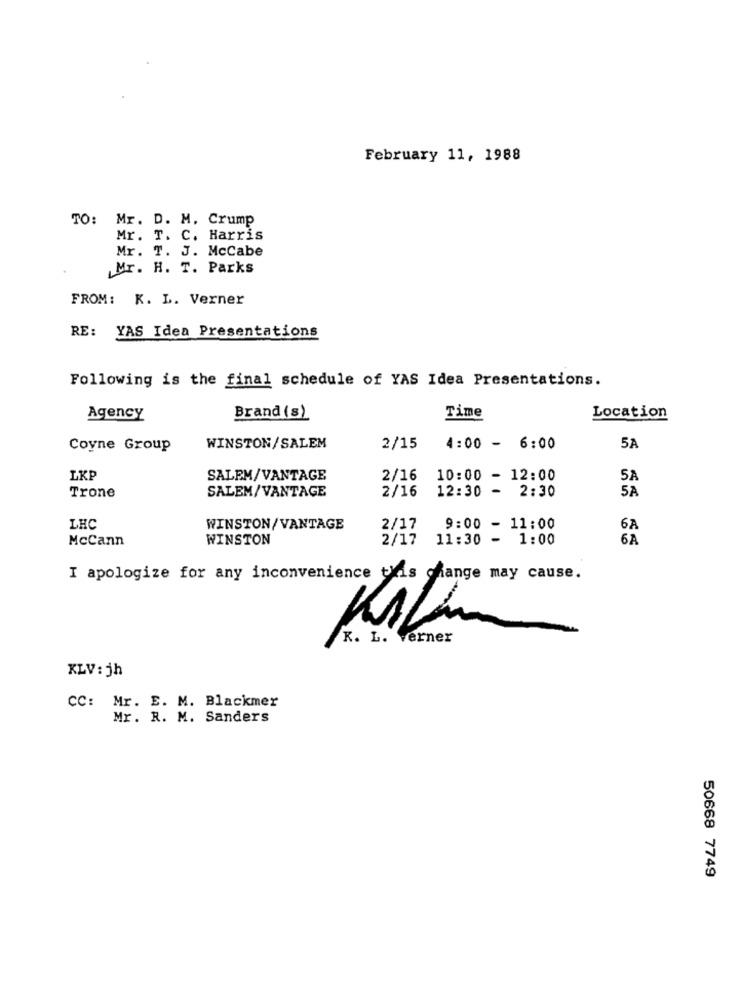
February 11, 1988
TO: Mr. D. M. Crump
Mr. T. C. Harris
Mr. T. J. Mccabe
Mr. H. T. Parks
FROM: K. L. Verner
RE: YAS Idea Presentations
Following is the final schedule of YAS Idea Presentations.
Time
Agency
Brand (s)
Location
Coyne Group
WINSTON/SALEM
2/15
4:00 - 6:00
5A
LKP
SALEM/VANTAGE
2/16
10:00 - 12:00
5A
Trone
SALEM/VANTAGE
2/16
12:30 - 2:30
5A
LHC
WINSTON/VANTAGE
2/17
9:00 - 11:00
6A
McCann
WINSTON
2/17
11:30 - 1:00
6A
I apologize for any inconvenience this change may cause.
K. L. verner
KLV: jh
CC: Mr. E. M. Blackmer
Mr. R. M. Sanders
50668 7749